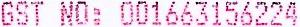
GST NO: 001663156224